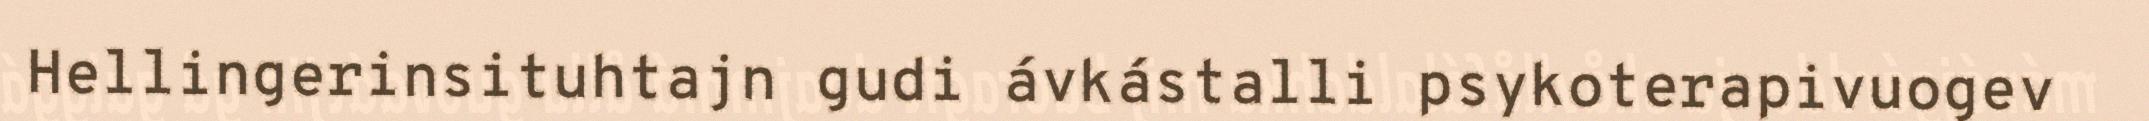
Hellingerinsituhtajn gudi ávkástalli psykoterapivuogev